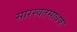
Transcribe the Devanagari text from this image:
सारस्वतसाधक